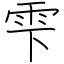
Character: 雫